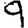
Digit: 9